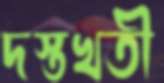
দস্তখতী